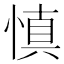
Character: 慎